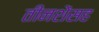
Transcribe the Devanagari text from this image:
तीनशेंसह